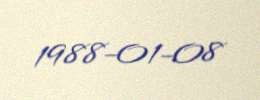
1988-01-08